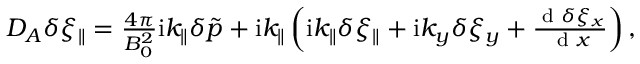
\begin{array} { r } { D _ { A } \delta \xi _ { \parallel } = \frac { 4 \pi } { B _ { 0 } ^ { 2 } } \mathrm { i } k _ { \parallel } \delta \tilde { p } + \mathrm { i } k _ { \parallel } \left( \mathrm { i } k _ { \parallel } \delta \xi _ { \parallel } + \mathrm { i } k _ { y } \delta \xi _ { y } + \frac { \textrm { d } \delta \xi _ { x } } { \textrm { d } x } \right) , } \end{array}